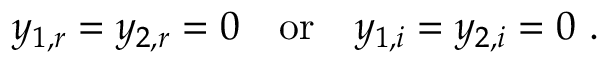
y _ { 1 , r } = y _ { 2 , r } = 0 \quad \mathrm { o r } \quad y _ { 1 , i } = y _ { 2 , i } = 0 \ .